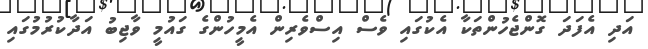
އަދި އެފަދަ ގޮންޖެހުންތަކާ އެކުގައި ވެސް އިސްވެރިން އެމީހުންގެ ގައުމީ ވާޖިބު އަދާކުރުމުގައި